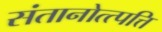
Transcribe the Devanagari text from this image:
संतानोत्त्पत्ति